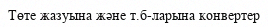
Төте жазуына және т.б-ларына конвертер